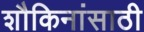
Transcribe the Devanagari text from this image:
शौकिनांसाठी